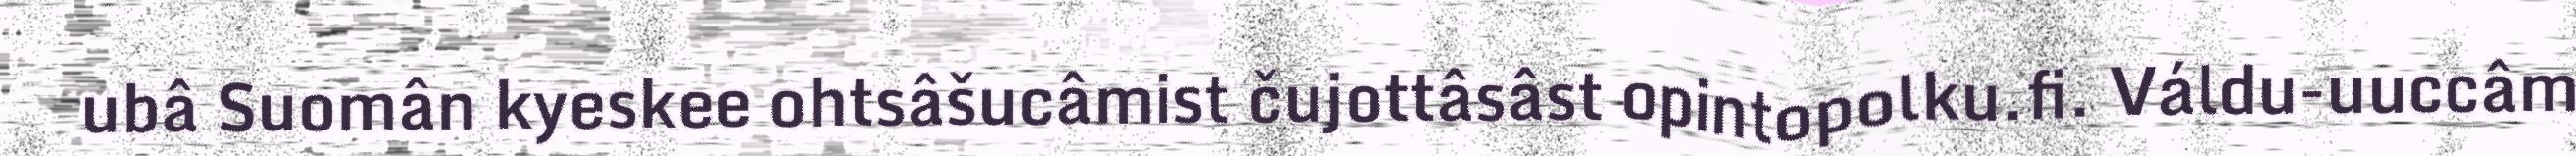
ubâ Suomân kyeskee ohtsâšucâmist čujottâsâst opintopolku.fi. Váldu-uuccâm